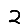
Digit: 2